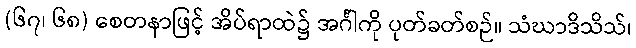
(၆၇၊ ၆၈) စေတနာဖြင့် အိပ်ရာထဲ၌ အင်္ဂါကို ပုတ်ခတ်စဉ်။ သံဃာဒိသိသ်၊